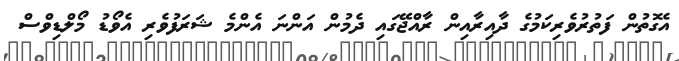
އެގޮތުން ފަތުރުވެރިކަމުގެ ދާއިރާއިން ރާއްޖޭގައި ދެމުން އަންނަ އެންމެ ޝަރަފުވެރި އެވޯޑު މޯލްޑިވްސް